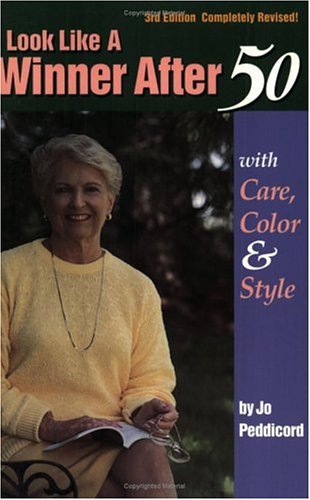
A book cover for Look Like a Winner After 50: With Care, Color, and Style; Jo Peddicord; Health, Fitness & Dieting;